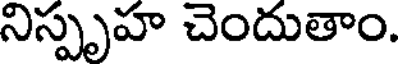
నిస్పృహ చెందుతాం.